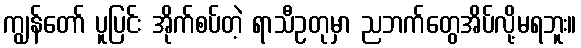
ကျွန်တော် ပူပြင်း အိုက်စပ်တဲ့ ရာသီဥတုမှာ ညဘက်တွေအိပ်လို့မရဘူး။